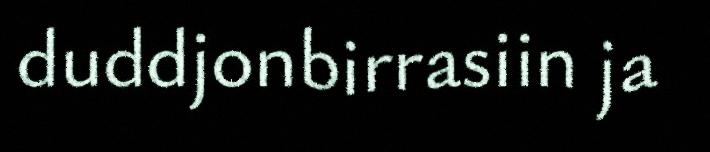
duddjonbirrasiin ja